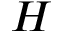
H